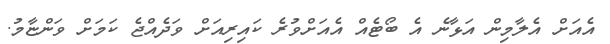
އެއަށް އެލާމިން އަޅާނެ އެ ބޯޓެއް އެއަށްވުރެ ކައިރިއަށް ވަދެއްޖެ ކަމަށް ވަންޏާމު.